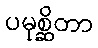
ပမုစ္ဆိတာ